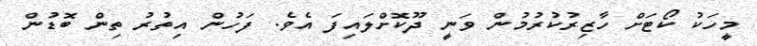
މީހަކު ކޯޓަށް ހާޒިރުކުރުމުން ވަނީ ދޫކޮށްލައިފަ އެވެ. ފަހުން އިތުރު ތިން ބޮޑުން